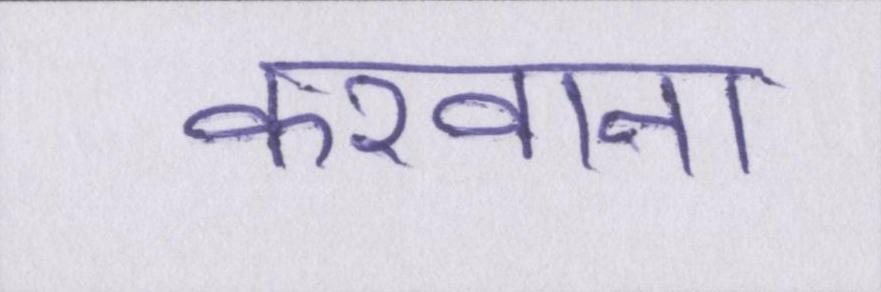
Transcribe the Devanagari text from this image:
करवाना